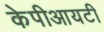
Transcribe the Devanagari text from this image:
केपीआयटी